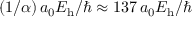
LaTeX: ( 1 / \alpha ) \, a _ { 0 } E _ { \mathrm { h } } / \hbar \approx 1 3 7 \, a _ { 0 } E _ { \mathrm { h } } / \hbar